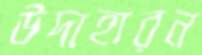
উদাহারন